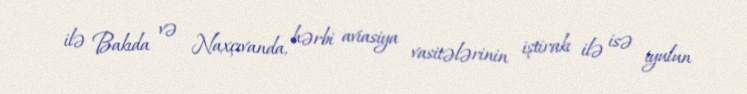
ilə Bakıda və Naxçıvanda, hərbi aviasiya vasitələrinin iştirakı ilə isə iyulun